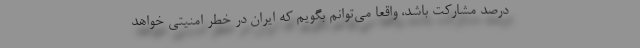
درصد مشارکت باشد، واقعا می‌توانم بگویم که ایران در خطر امنیتی خواهد